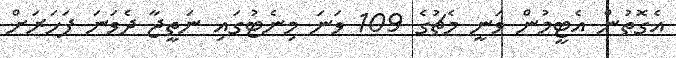
އެގޮތުން އެޓީމުން ވަނީ މެޗުގެ 109 ވަނަ މިނެޓުގައި ނަތީޖާ ދެވަނަ ފަހަރަށް